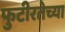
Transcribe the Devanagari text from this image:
फुटीरतेच्या